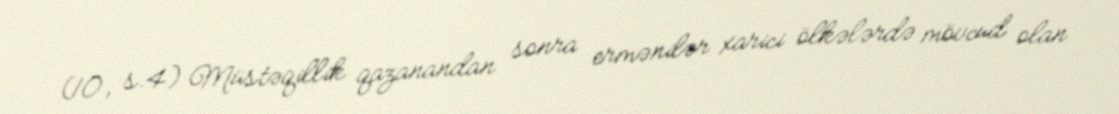
(10, s.4) Müstəqillik qazanandan sonra ermənilər xarici ölkələrdə mövcud olan